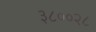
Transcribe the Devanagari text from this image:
३८००२८